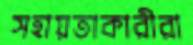
সহায়তাকারীরা